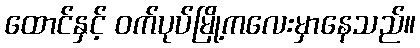
ထောင်နှင့် ဝက်ပုပ်မြို့ကလေးမှာနေသည်။